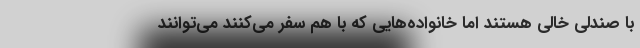
با صندلی خالی هستند اما خانواده‌هایی که با هم سفر می‌کنند می‌توانند